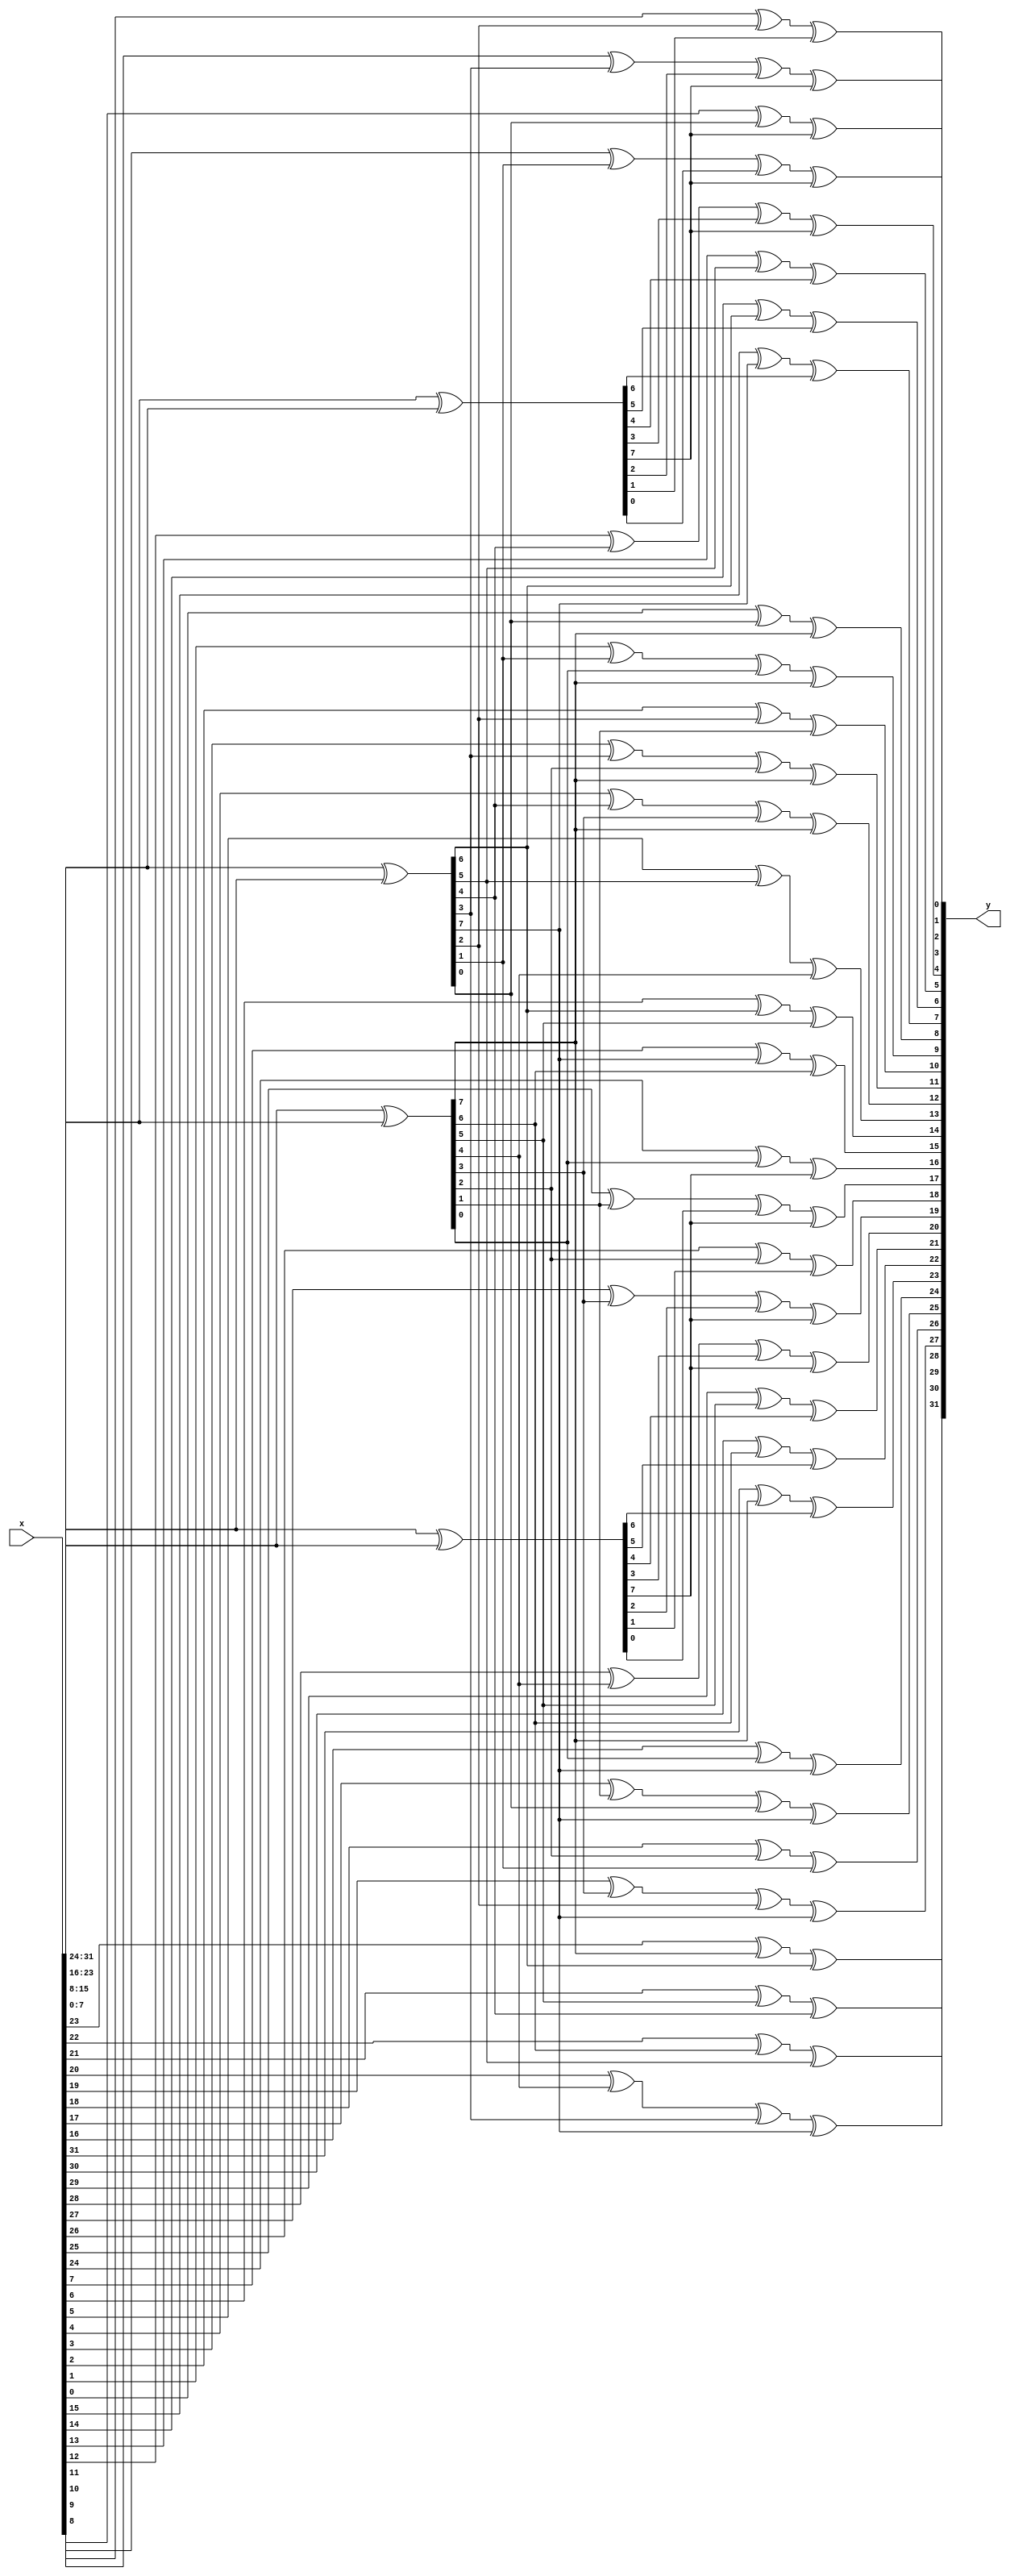
`timescale 1ns / 1ps

module MixColumns(
    x, y
    );
    input  [31:0]  x;
    output [31:0]  y;
    
    wire [7:0] a3, a2, a1, a0, b3, b2, b1, b0;
    
    //32
    assign a3 = x[31:24];
    assign a2 = x[23:16];
    assign a1 = x[15: 8];
    assign a0 = x[ 7: 0];
    
    assign b3 = a3 ^ a2;
    assign b2 = a2 ^ a1;
    assign b1 = a1 ^ a0;
    assign b0 = a0 ^ a3;
    
    assign y = {a2[7] ^ b1[7] ^ b3[6],
                a2[6] ^ b1[6] ^ b3[5],
                a2[5] ^ b1[5] ^ b3[4],
                a2[4] ^ b1[4] ^ b3[3] ^ b3[7],
                a2[3] ^ b1[3] ^ b3[2] ^ b3[7],
                a2[2] ^ b1[2] ^ b3[1],
                a2[1] ^ b1[1] ^ b3[0] ^ b3[7],
                a2[0] ^ b1[0] ^ b3[7],
                a3[7] ^ b1[7] ^ b2[6],
                a3[6] ^ b1[6] ^ b2[5],
                a3[5] ^ b1[5] ^ b2[4],
                a3[4] ^ b1[4] ^ b2[3] ^ b2[7],
                a3[3] ^ b1[3] ^ b2[2] ^ b2[7],
                a3[2] ^ b1[2] ^ b2[1],
                a3[1] ^ b1[1] ^ b2[0] ^ b2[7],
                a3[0] ^ b1[0] ^ b2[7],
                a0[7] ^ b3[7] ^ b1[6],
                a0[6] ^ b3[6] ^ b1[5],
                a0[5] ^ b3[5] ^ b1[4],
                a0[4] ^ b3[4] ^ b1[3] ^ b1[7],
                a0[3] ^ b3[3] ^ b1[2] ^ b1[7],
                a0[2] ^ b3[2] ^ b1[1],
                a0[1] ^ b3[1] ^ b1[0] ^ b1[7],
                a0[0] ^ b3[0] ^ b1[7],
                a1[7] ^ b3[7] ^ b0[6],
                a1[6] ^ b3[6] ^ b0[5],
                a1[5] ^ b3[5] ^ b0[4],
                a1[4] ^ b3[4] ^ b0[3] ^ b0[7],
                a1[3] ^ b3[3] ^ b0[2] ^ b0[7],
                a1[2] ^ b3[2] ^ b0[1],
                a1[1] ^ b3[1] ^ b0[0] ^ b0[7],
                a1[0] ^ b3[0] ^ b0[7]};
endmodule